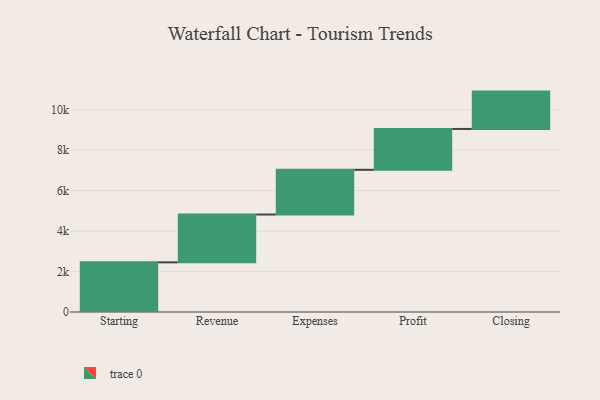
{"axis": {"x": "Step", "y": "Value"}, "legend": [""], "data": [{"x": "Starting", "y": 2454.0, "type": ""}, {"x": "Revenue", "y": 2363.0, "type": ""}, {"x": "Expenses", "y": 2210.0, "type": ""}, {"x": "Profit", "y": 2019.0, "type": ""}, {"x": "Closing", "y": 1846.0, "type": ""}]}